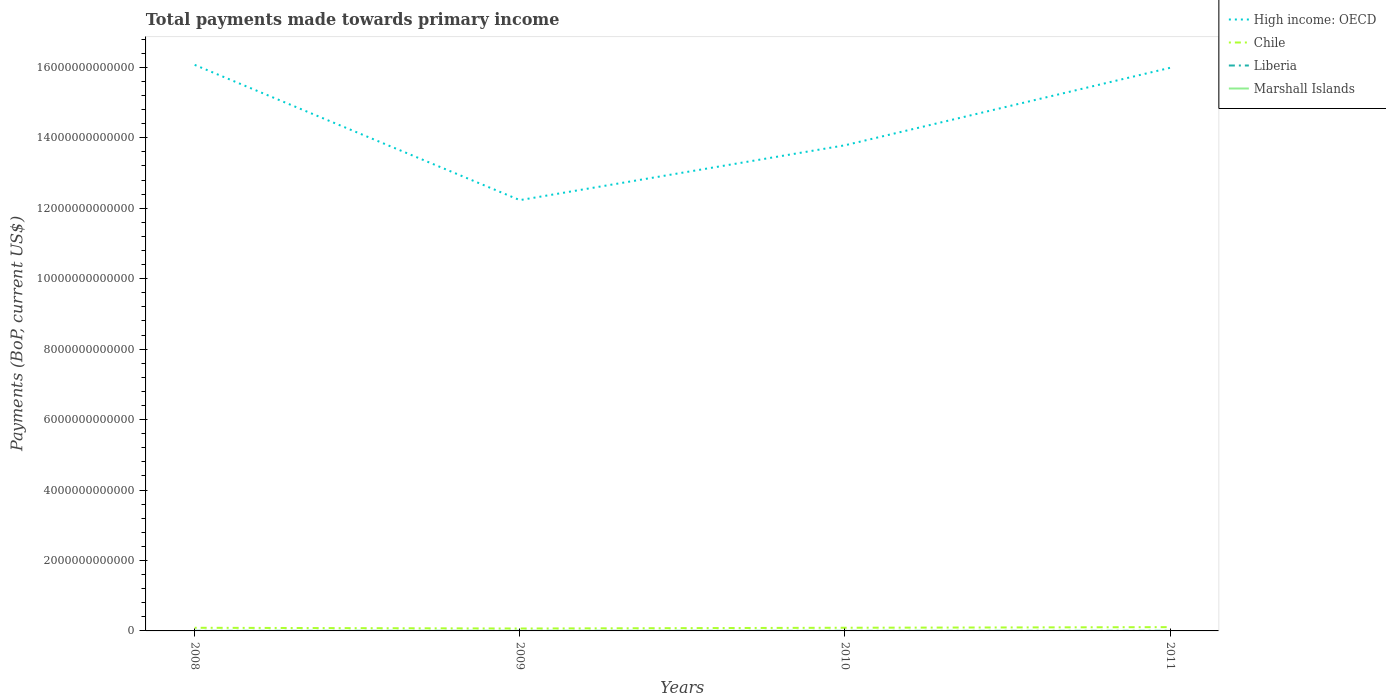
| Years | High income: OECD | Chile | Liberia | Marshall Islands |
 | --- | --- | --- | --- | --- |
 | 2008 | 1.61e+13 | 8.92e+10 | 2.31e+09 | 1.52e+08 |
 | 2009 | 1.22e+13 | 6.86e+10 | 1.85e+09 | 1.7e+08 |
 | 2010 | 1.38e+13 | 8.99e+10 | 1.8e+09 | 1.76e+08 |
 | 2011 | 1.6e+13 | 1.07e+11 | 3.33e+09 | 1.93e+08 |